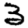
Digit: 3